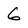
Character: G